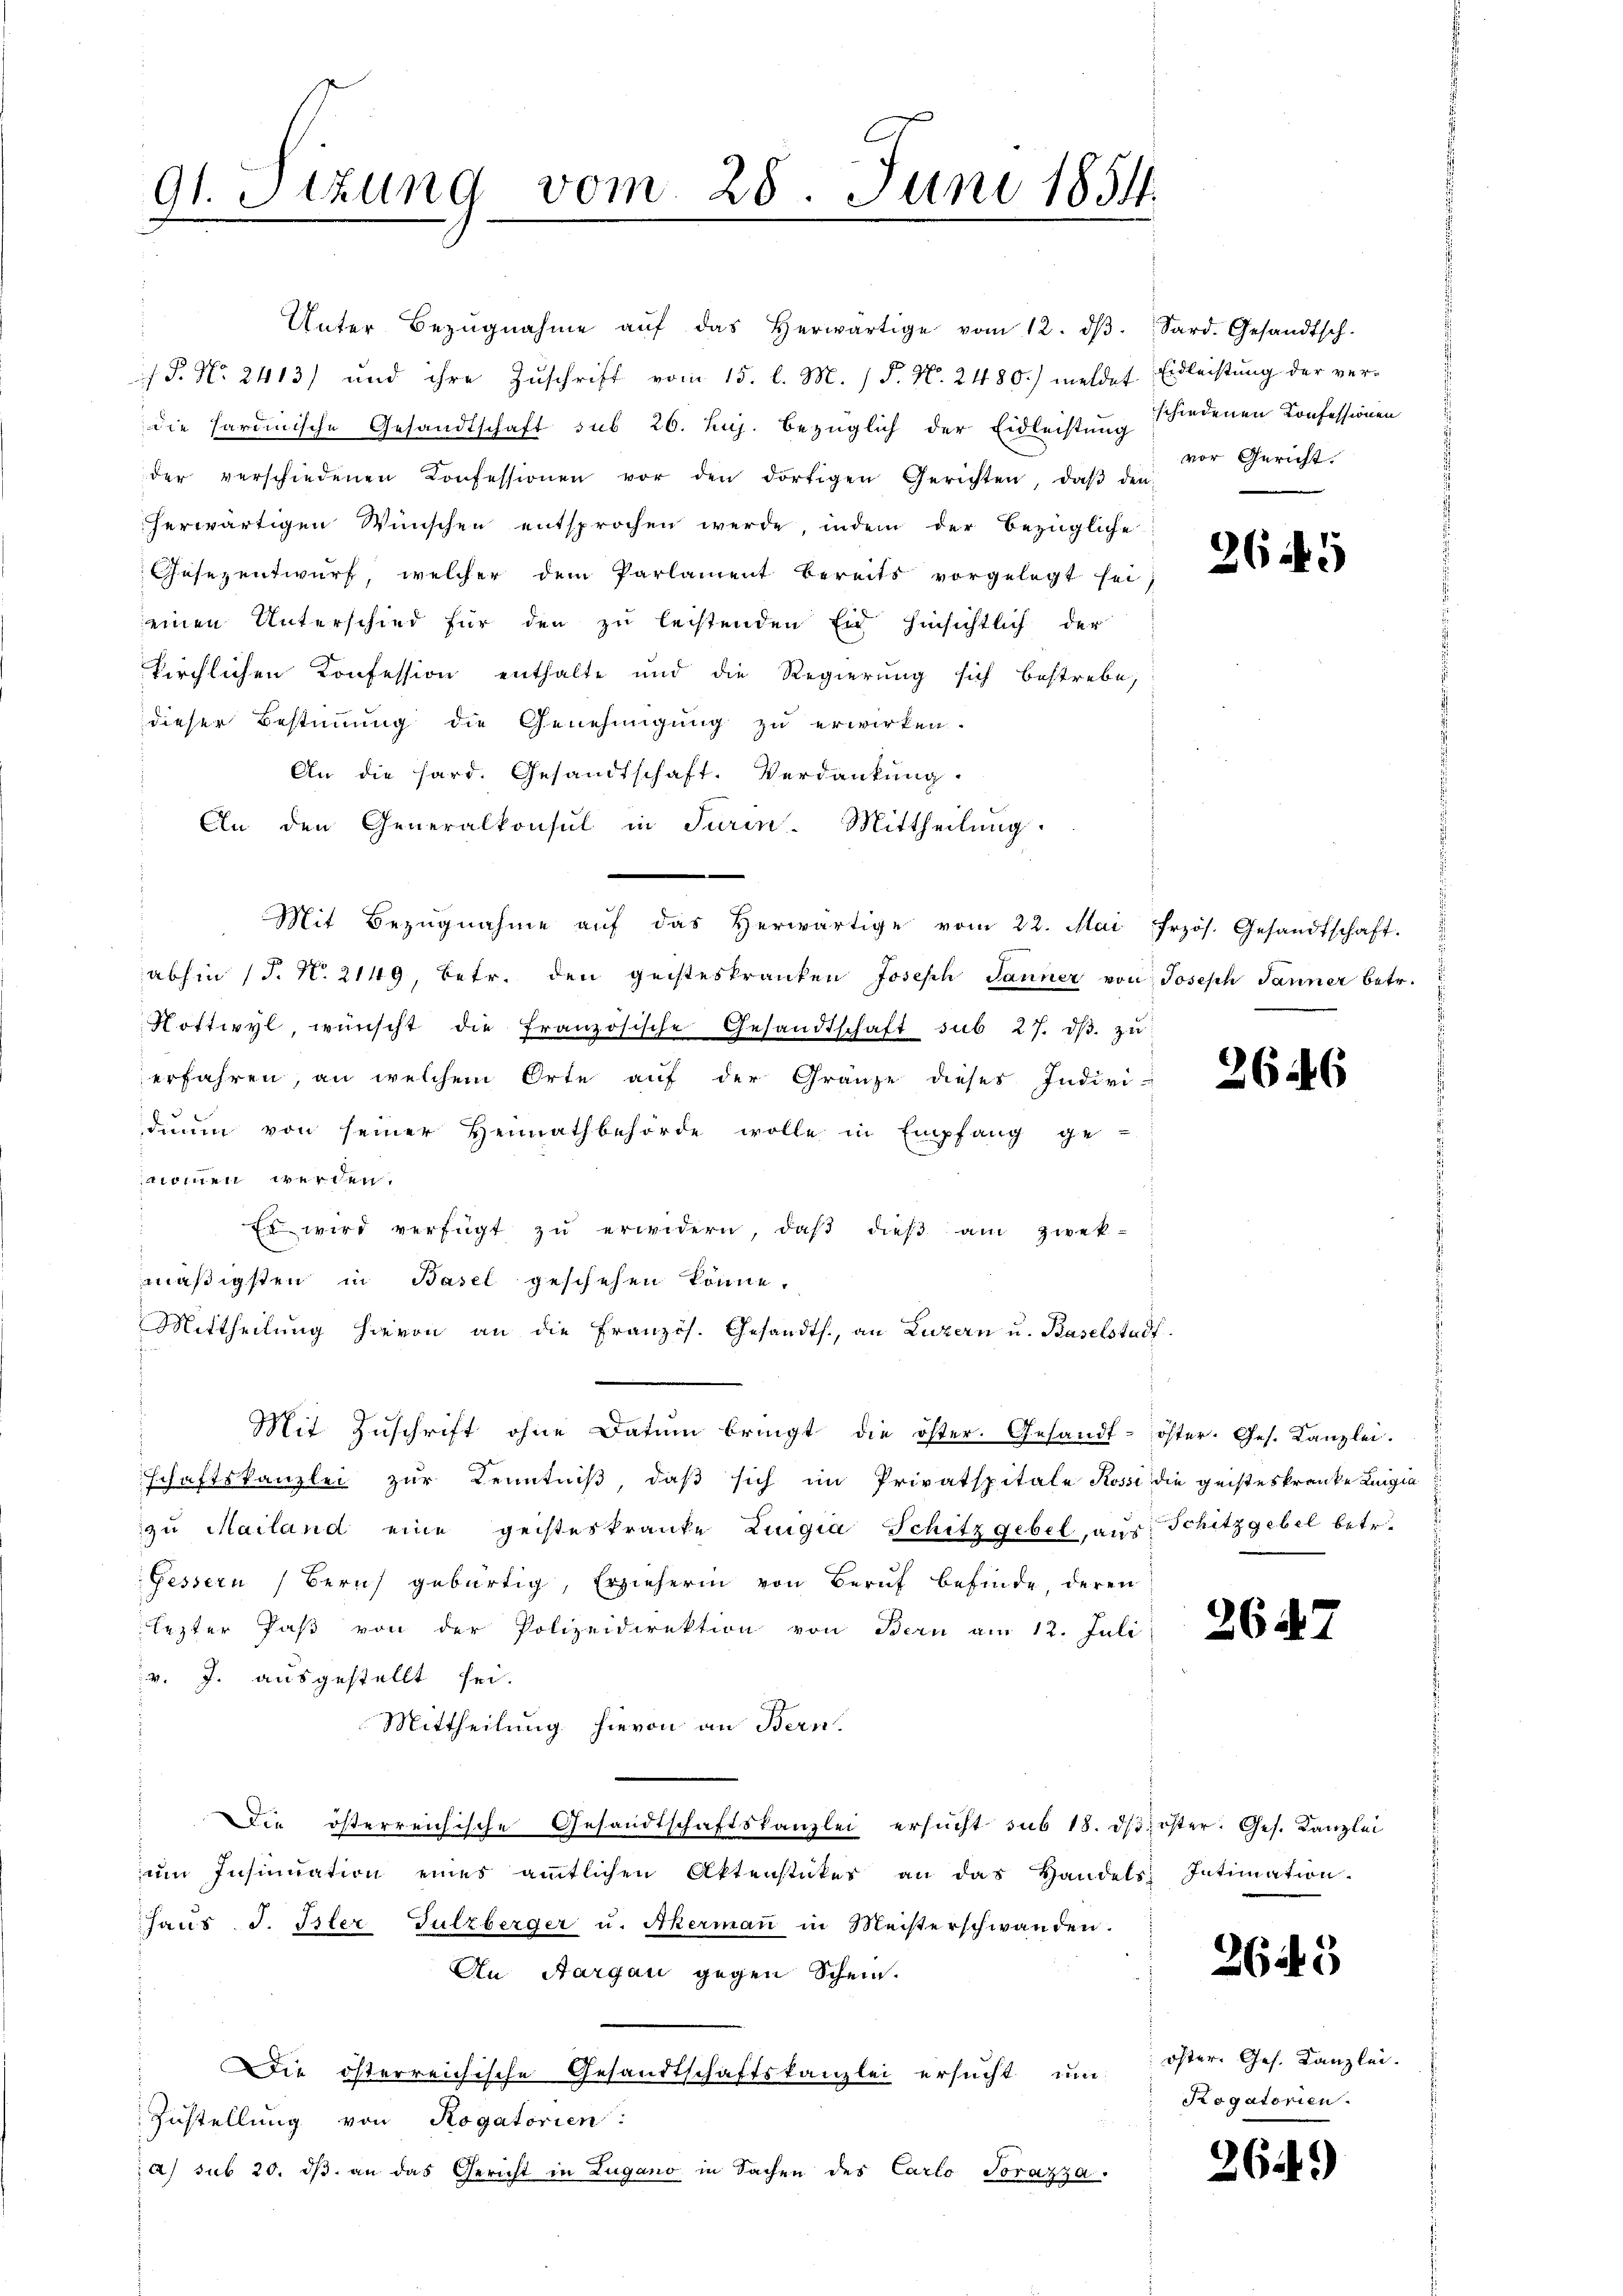
91. Sitzung

Unter Bezŭgnahme aŭf das herwärtige vom 12. dβ. Sard. Gesandtsch.

s P. Nr. 2413) und ihre Zuschrift vom 15. l. M. /F. N. 2480.) meldet Eidleistung der ver-
die hardinische Gesandtschaft sub 26. huj. bezüglich der Eidleistung schiedenen Konfessionen
der verschiedenen Konfessionen vor den dortigen Gerichten, daβ den
herwärtigen Wünschen entsprochen werde, indem der bezügliche
Gesezentwurf, welcher dem Parlament bereits vorgelegt sei,
einen Unterschied für den zu leistenden Eid hinsichtlich der
kirchlichen Konfession enthalte und die Regierung sich bestrebe,
dieser Bestimmung die Genehmigung zu erwirken.
An die Hard. Gesandtschaft. Verdankung.
An den Generalkonsul in Turin-Mittheilung.
e
Mit Bezŭgnahme aŭf das herwärtige vom 22. Mai frzös. Gesandtschaft.
abhin (S. N. 2149, betr. den geisteskranken Joseph Janner von Joseph Janner betr.
Nottwyl, wünscht die französische Gesandtschaft sub 27. dβ. zu
erfahren, an welchem Orte aŭf der Gränze dieses Indivi-
duum von seiner Heimathbehörde wolle in Empfang ge-
nommen werden.
Es wird verfügt zŭ erwidern, daβ dieβ am zwek-
mäßigsten in Basel geschehen könne.
Mittheilŭng hievon an die Französ. Gesandts. an Luzern u. Baselstadt
Mit Zŭschrift ohne Datum bringt die öster. Gesandt-öster. Ges. Kanzlei.
schaftskanzlei zur Kenntniß, daß sich im Privatspitale Rossi die geisteskranke Luigia
zŭ Mailand eine geisteskranke Lingia Schitzgebel, aus Schitzgebel betr.
Gessern Beruf gebürtig, Erzieherin von Beruf befinde, deren
lezter das von der Polizeidirektion von Bern am 12. Juli
v. J. ausgestellt sei.
Mittheilung hievon an Bern.
Die österreichische Gesandtschaftskanzlei ersŭcht sub 18. dβ öster. Ges. Kanzlei
ŭm Insinuation eines amtlichen Aktenstater an das Handels Intimation.
haŭs I. Ister Sulzberger u. Akermaṅ in Meisterschwanden.
An Aargau gegen Schein.
Die österreichische Gesandtschaftskanzlei ersucht um
Zustellung von Rogatorien:
a) sub 20. ds. an das Gericht in Lugano in Sachen des Carlo Torazza

vom 28. Juni 1854.
.

vor Gericht.

265

2646

26.

26.

öster Ges. Kanzlei.
Rogatorien.

26

5

)